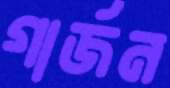
গার্জন